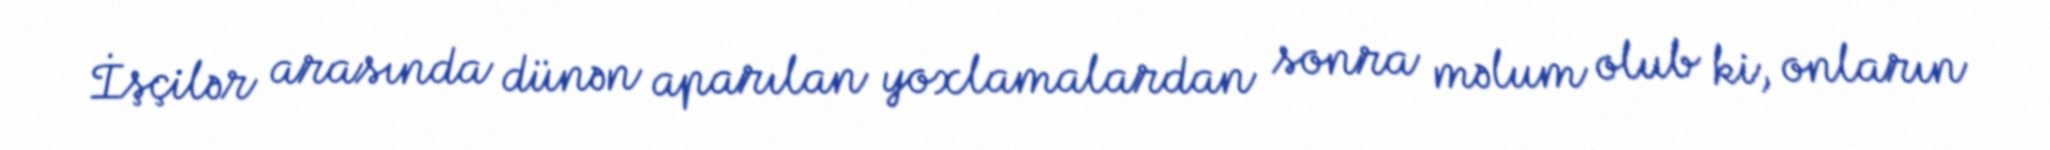
İşçilər arasında dünən aparılan yoxlamalardan sonra məlum olub ki, onların